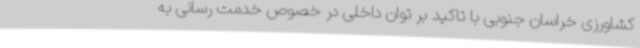
کشاورزی خراسان جنوبی با تاکید بر توان داخلی در خصوص خدمت رسانی به